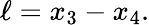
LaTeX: \ell=x_{3}-x_{4}.